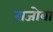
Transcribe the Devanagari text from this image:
राजोबा